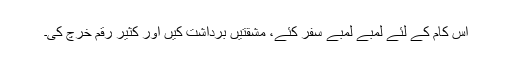
اس کام کے لئے لمبے لمبے سفر کئے، مشقتیں برداشت کیں اور کثیر رقم خرچ کی۔